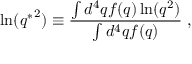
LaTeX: \ln ( { q ^ { * } } ^ { 2 } ) \equiv \frac { \int d ^ { 4 } q f ( q ) \ln ( q ^ { 2 } ) } { \int d ^ { 4 } q f ( q ) } \; ,